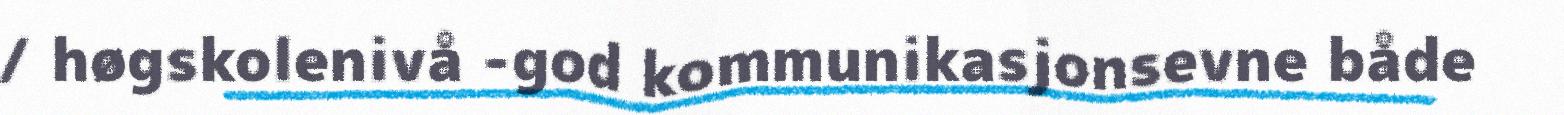
/ høgskolenivå -god kommunikasjonsevne både